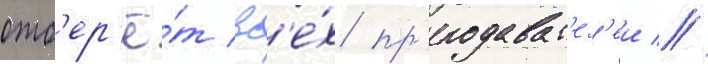
отб'ер'ё́т вс'е́х пр'еподават'ел'еи //